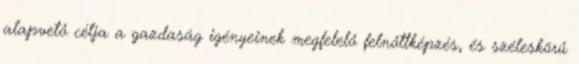
alapvető célja a gazdaság igényeinek megfelelő felnőttképzés, és széleskörű